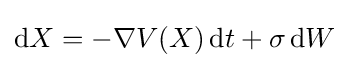
\mathrm {d} X=-\nabla V(X)\,\mathrm {d} t+\sigma \,\mathrm {d} W